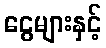
ငွေများနှင့်